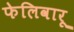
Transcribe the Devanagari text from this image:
फेलिवारू